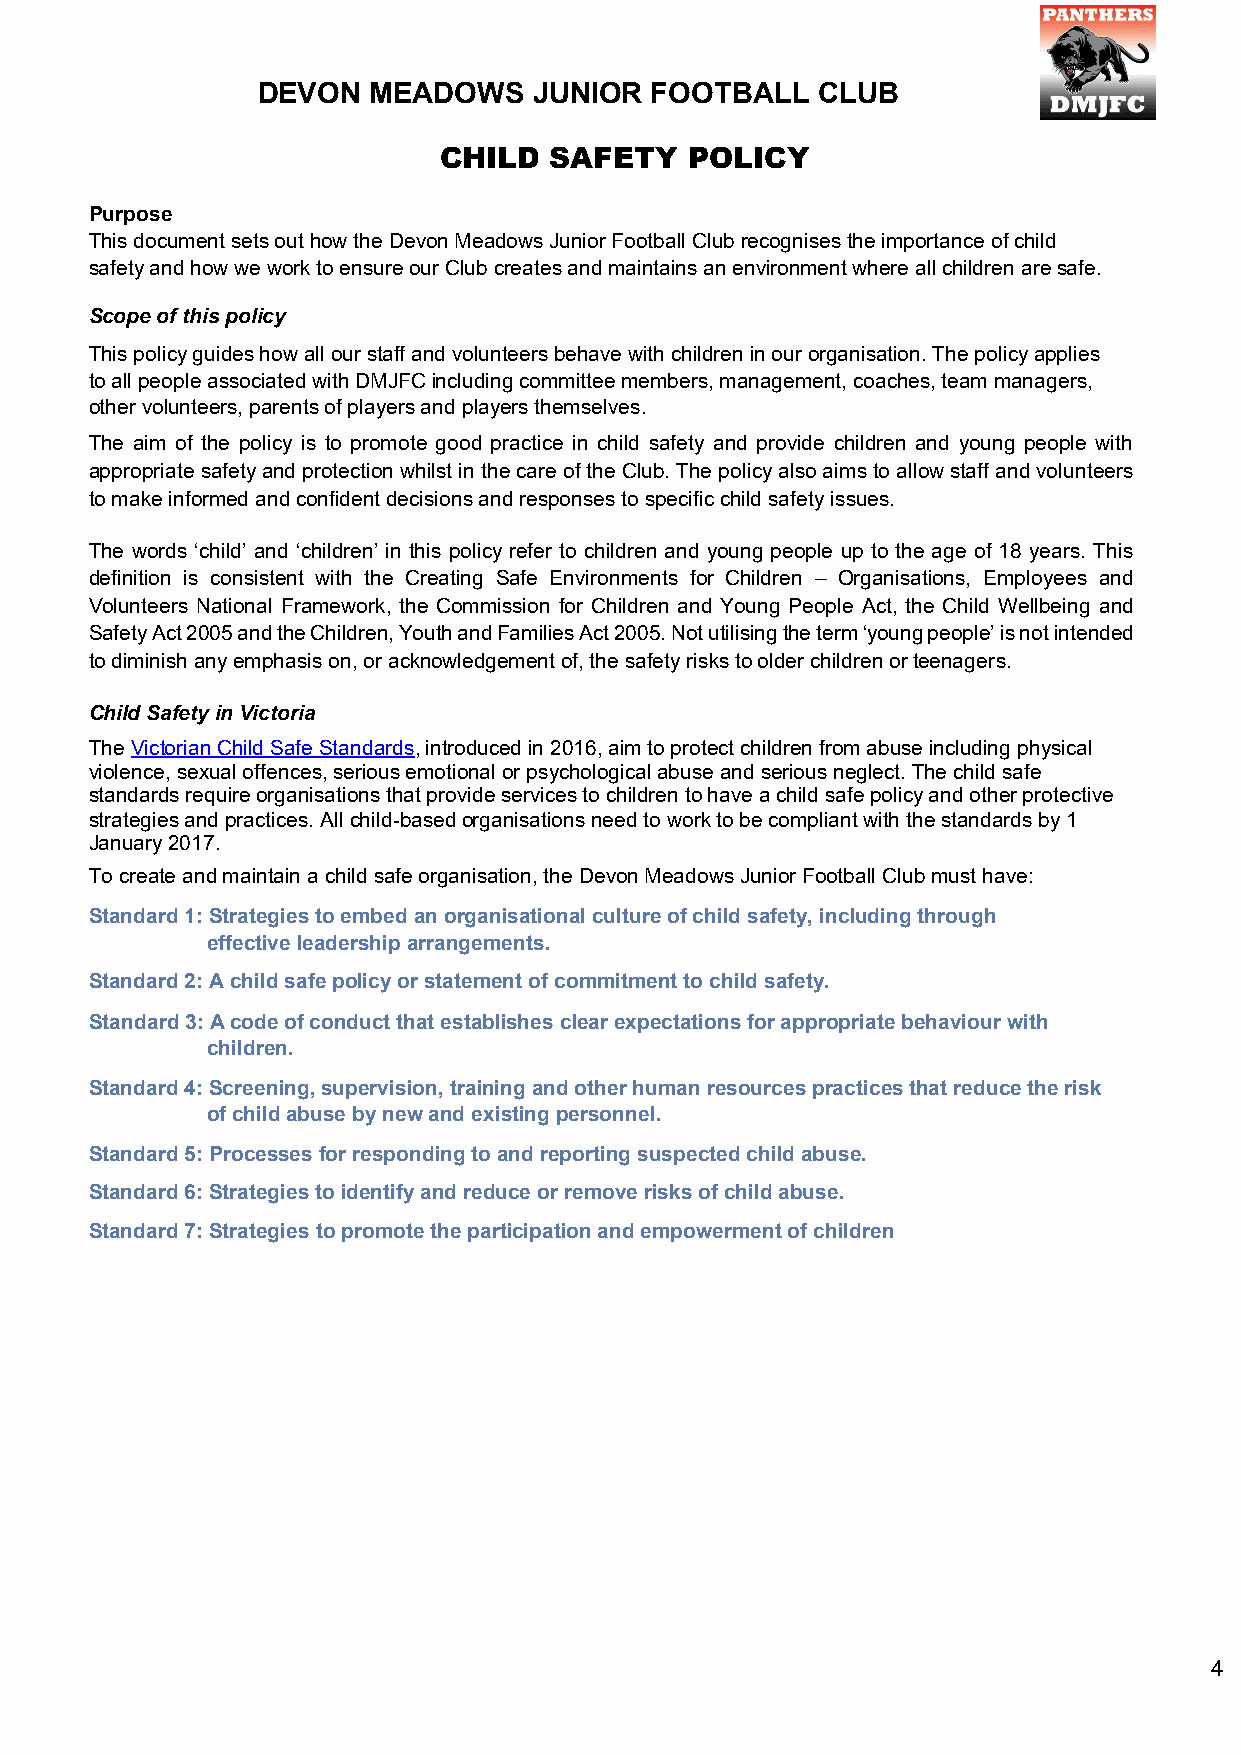
DEVON  MEADOWS    JUNIOR  FOOTBALL   CLUB
 CHILD  SAFETY    POLICY
 Purpose
 This document sets out how the Devon Meadows Junior Football Club recognises the importance of child
 safety and how we work to ensure our Club creates and maintains an environment where all children are safe.
 Scope of this policy
 This policy guides how all our staff and volunteers behave with children in our organisation. The policy applies
 to all people associated with DMJFC including committee members, management, coaches, team managers,
 other volunteers, parents of players and players themselves.
 The aim of the policy is to promote good practice in child safety and provide children and young people with
 appropriate safety and protection whilst in the care of the Club. The policy also aims to allow staff and volunteers
 to make informed and confident decisions and responses to specific child safety issues.
 The words ‘child’ and ‘children’ in this policy refer to children and young people up to the age of 18 years. This
 definition is consistent with the Creating Safe Environments for Children – Organisations, Employees and
 Volunteers National Framework, the Commission for Children and Young People Act, the Child Wellbeing and
 Safety Act 2005 and the Children, Youth and Families Act 2005. Not utilising the term ‘young people’ is not intended
 to diminish any emphasis on, or acknowledgement of, the safety risks to older children or teenagers.
 Child Safety in Victoria
 The Victorian Child Safe Standards, introduced in 2016, aim to protect children from abuse including physical
 violence, sexual offences, serious emotional or psychological abuse and serious neglect. The child safe
 standards require organisations that provide services to children to have a child safe policy and other protective
 strategies and practices. All child-based organisations need to work to be compliant with the standards by 1
 January 2017.
 To create and maintain a child safe organisation, the Devon Meadows Junior Football Club must have:
 Standard 1: Strategies to embed an organisational culture of child safety, including through
 effective leadership arrangements.
 Standard 2: A child safe policy or statement of commitment to child safety.
 Standard 3: A code of conduct that establishes clear expectations for appropriate behaviour with
 children.
 Standard 4: Screening, supervision, training and other human resources practices that reduce the risk
 of child abuse by new and existing personnel.
 Standard 5: Processes for responding to and reporting suspected child abuse.
 Standard 6: Strategies to identify and reduce or remove risks of child abuse.
 Standard 7: Strategies to promote the participation and empowerment of children
 4